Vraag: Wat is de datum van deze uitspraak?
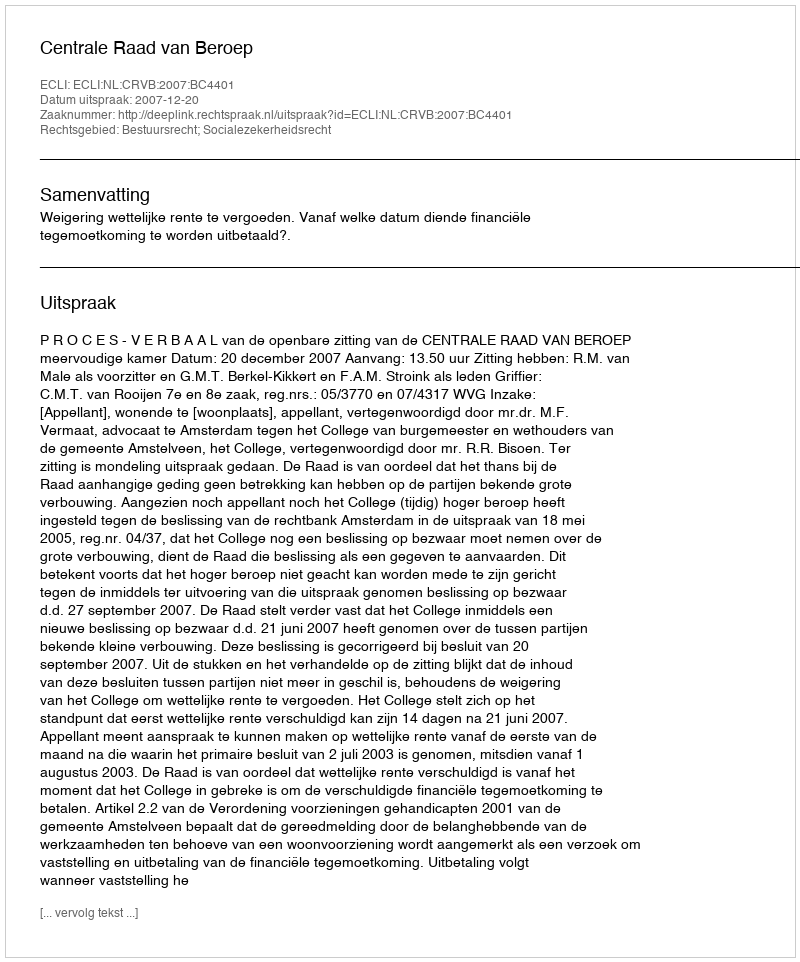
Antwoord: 2007-12-20